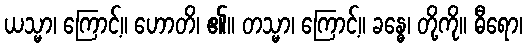
ယသ္မာ၊ ကြောင့်။ ဟောတိ၊ ၏။ တသ္မာ၊ ကြောင့်။ ခန္ဓေ၊ တို့ကို။ ဓီရော၊